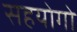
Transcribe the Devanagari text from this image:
सहयोगो